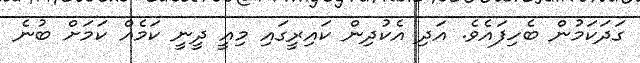
ގަދަކަމުން ބެހިފައެވެ. އަދި އެކުދިން ކައިރީގައި މިއީ ދީނީ ކަމެއް ކަމަށް ބުނެ